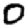
Digit: 0